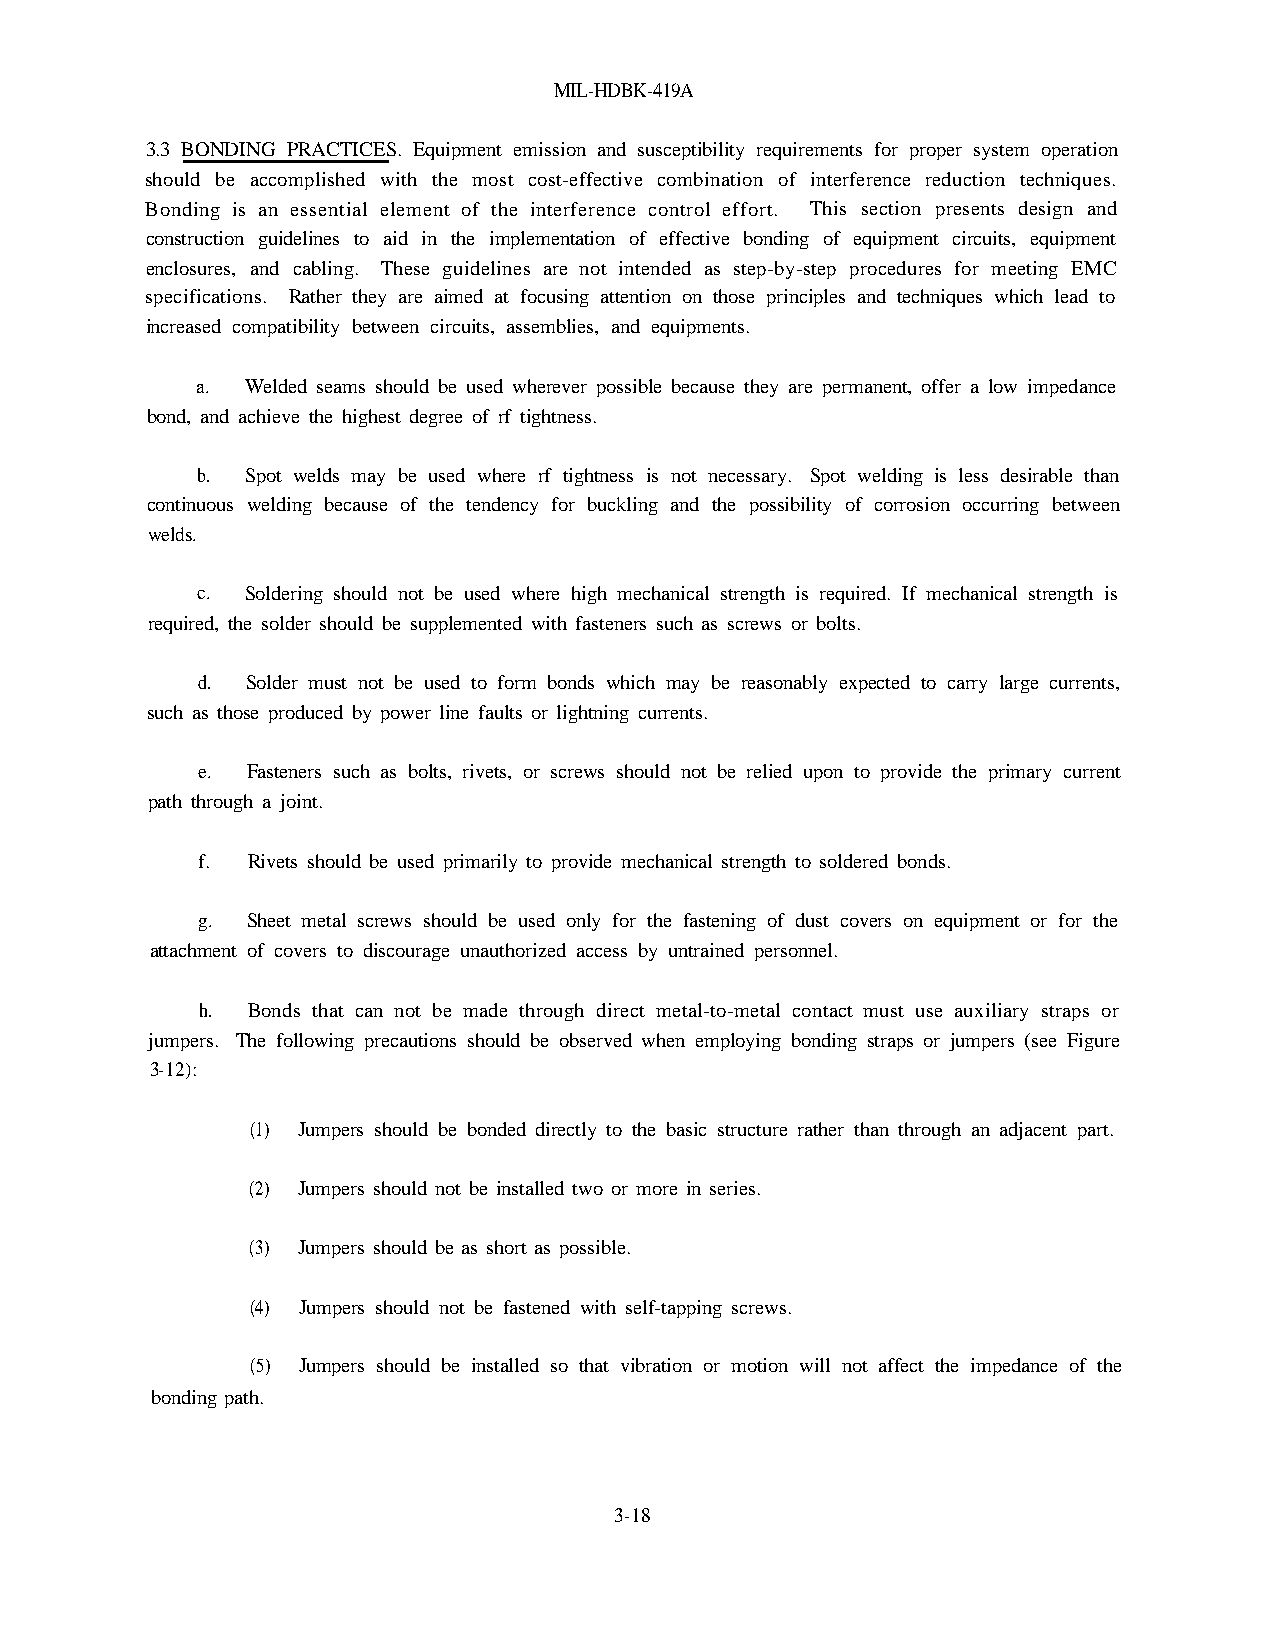
MIL-HDBK-419A
 3.3 BONDING PRACTICES. Equipment emission and susceptibility requirements for proper system operation
 should be accomplished with the most cost-effective combination of interference reduction techniques.
 Bonding is an essential element of the interference control effort. This section presents design and
 construction guidelines to aid in the implementation of effective bonding of equipment circuits, equipment
 enclosures, and cabling. These guidelines are not intended as step-by-step procedures for meeting EMC
 specifications. Rather they are aimed at focusing attention on those principles and techniques which lead to
 increased compatibility between circuits, assemblies, and equipments.
 a. Welded seams should be used wherever possible because they are permanent, offer a low impedance
 bond, and achieve the highest degree of rf tightness.
 b. Spot welds may be used where rf tightness is not necessary. Spot welding is less desirable than
 continuous welding because of the tendency for buckling and the possibility of corrosion occurring between
 welds.
 c. Soldering should not be used where high mechanical strength is required. If mechanical strength is
 required, the solder should be supplemented with fasteners such as screws or bolts.
 d. Solder must not be used to form bonds which may be reasonably expected to carry large currents,
 such as those produced by power line faults or lightning currents.
 e. Fasteners such as bolts, rivets, or screws should not be relied upon to provide the primary current
 path through a joint.
 f. Rivets should be used primarily to provide mechanical strength to soldered bonds.
 g. Sheet metal screws should be used only for the fastening of dust covers on equipment or for the
 attachment of covers to discourage unauthorized access by untrained personnel.
 h. Bonds that can not be made through direct metal-to-metal contact must use auxiliary straps or
 jumpers. The following precautions should be observed when employing bonding straps or jumpers (see Figure
 3-12):
 (1) Jumpers should be bonded directly to the basic structure rather than through an adjacent part.
 (2) Jumpers should not be installed two or more in series.
 (3) Jumpers should be as short as possible.
 (4) Jumpers should not be fastened with self-tapping screws.
 (5) Jumpers should be installed so that vibration or motion will not affect the impedance of the
 bonding path.
 3-18